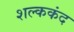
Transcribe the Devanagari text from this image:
शल्ककंद